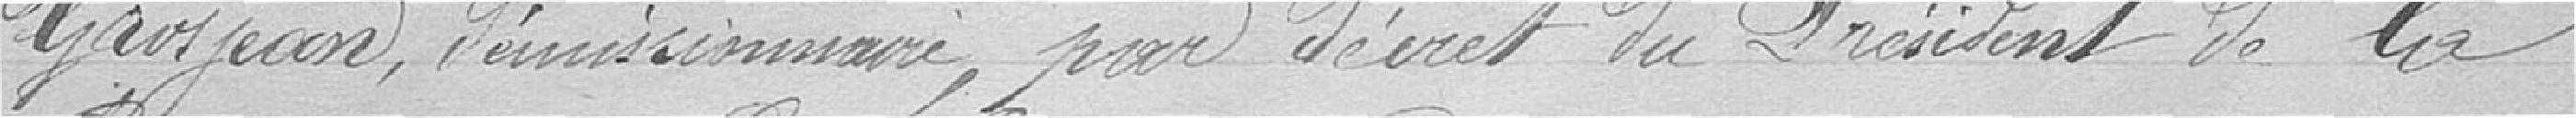
Grosjean, démissionnaire, par décret du Président de la